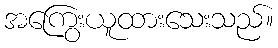
အကြွေးယူထားသေးသည်။